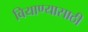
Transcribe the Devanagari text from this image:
बियाण्यासाठी